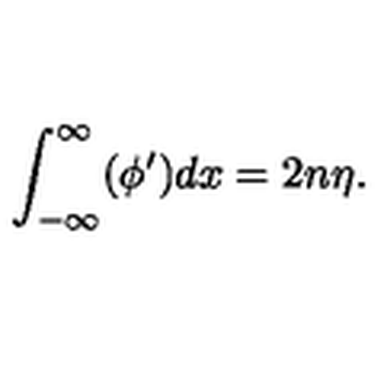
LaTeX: \int _ { - \infty } ^ { \infty } ( \phi ^ { \prime } ) d x = 2 n \eta .